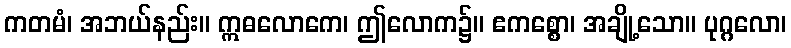
ကတမံ၊ အဘယ်နည်း။ ဣဓလောကေ၊ ဤလောက၌။ ဧကစ္စော၊ အချို့သော။ ပုဂ္ဂလော၊